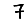
Digit: 7